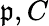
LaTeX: \mathfrak{p},C